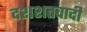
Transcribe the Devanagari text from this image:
दशशतवादी